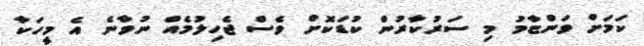
ކަމަށް ވަންޏާމު މި ސަރުކާރުން ކުޑަކޮށް ވެސް ޖެހިލުމެއް ނުވާނެ އެ މީހަކާ